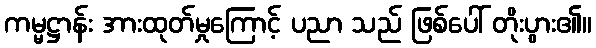
ကမ္မဋ္ဌာန်း အားထုတ်မှုကြောင့် ပညာ သည် ဖြစ်ပေါ် တိုးပွား၏။